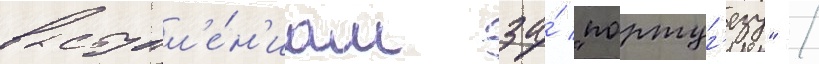
выступл'е́н'иам за́ "португ'езу" /